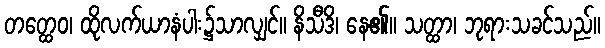
တတ္ထေဝ၊ ထိုလက်ယာနံပါး၌သာလျှင်။ နိသီဒိ၊ နေ၏။ သတ္ထာ၊ ဘုရားသခင်သည်။